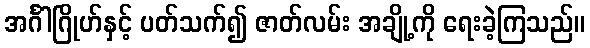
အင်္ဂါဂြိုဟ်နှင့် ပတ်သက်၍ ဇာတ်လမ်း အချို့ကို ရေးခဲ့ကြသည်။